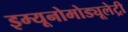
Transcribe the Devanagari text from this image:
इम्यूनोमोड्यूलेट्री